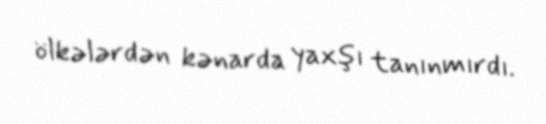
ölkələrdən kənarda yaxşı tanınmırdı.